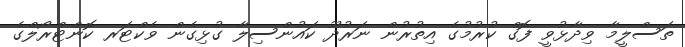
ތަސްލީމާ ވިދާޅުވީ ފޮގް ކުރުމުގެ އިތުރުން ނަރުދޫ ކައުންސިލާ ގުޅިގެން ވެކްޓަރ ކޮންޓްރޯލްގެ